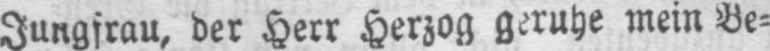
Jungfrau, der Herr Herzog geruhe mein Be⸗